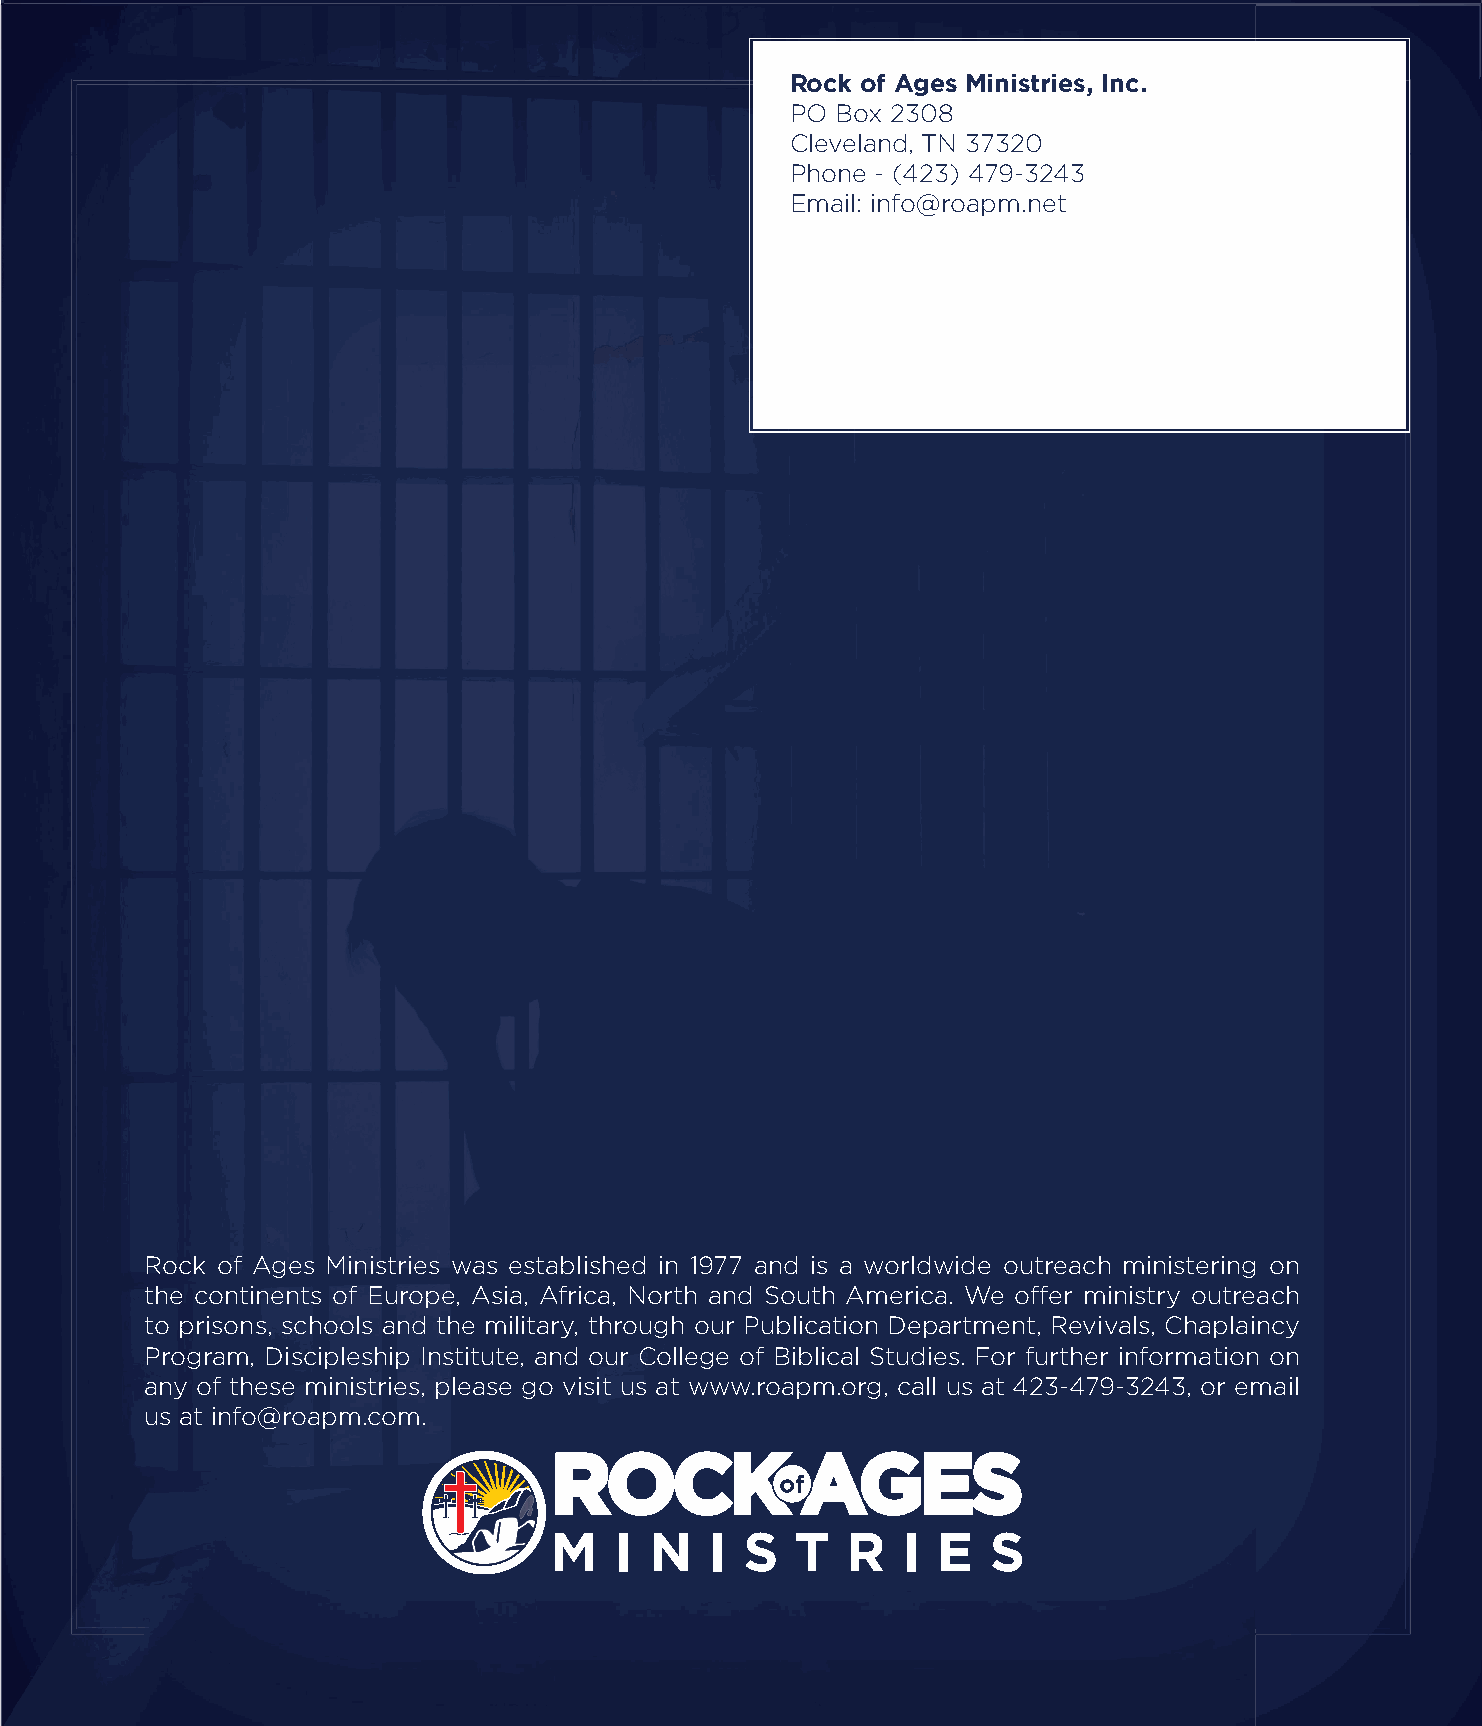
Rock of Ages Ministries, Inc.
 PO Box 2308
 Cleveland, TN 37320
 Phone - (423) 479-3243
 Email: info@roapm.net
 Rock of Ages Ministries was established in 1977 and is a worldwide outreach ministering on
 the continents of Europe, Asia, Africa, North and South America. We offer ministry outreach
 to prisons, schools and the military, through our Publication Department, Revivals, Chaplaincy
 Program, Discipleship Institute, and our College of Biblical Studies. For further information on
 any of these ministries, please go visit us at www.roapm.org, call us at 423-479-3243, or email
 us at info@roapm.com.
 P.O. Box 2308 | Cleveland, Tennessee 37320 | roapm.org
 PPaaggee 1177 || RRoocckk ooff AAggeess MMaaggaazziinnee || SSpprriinngg 22001199